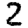
Digit: 2